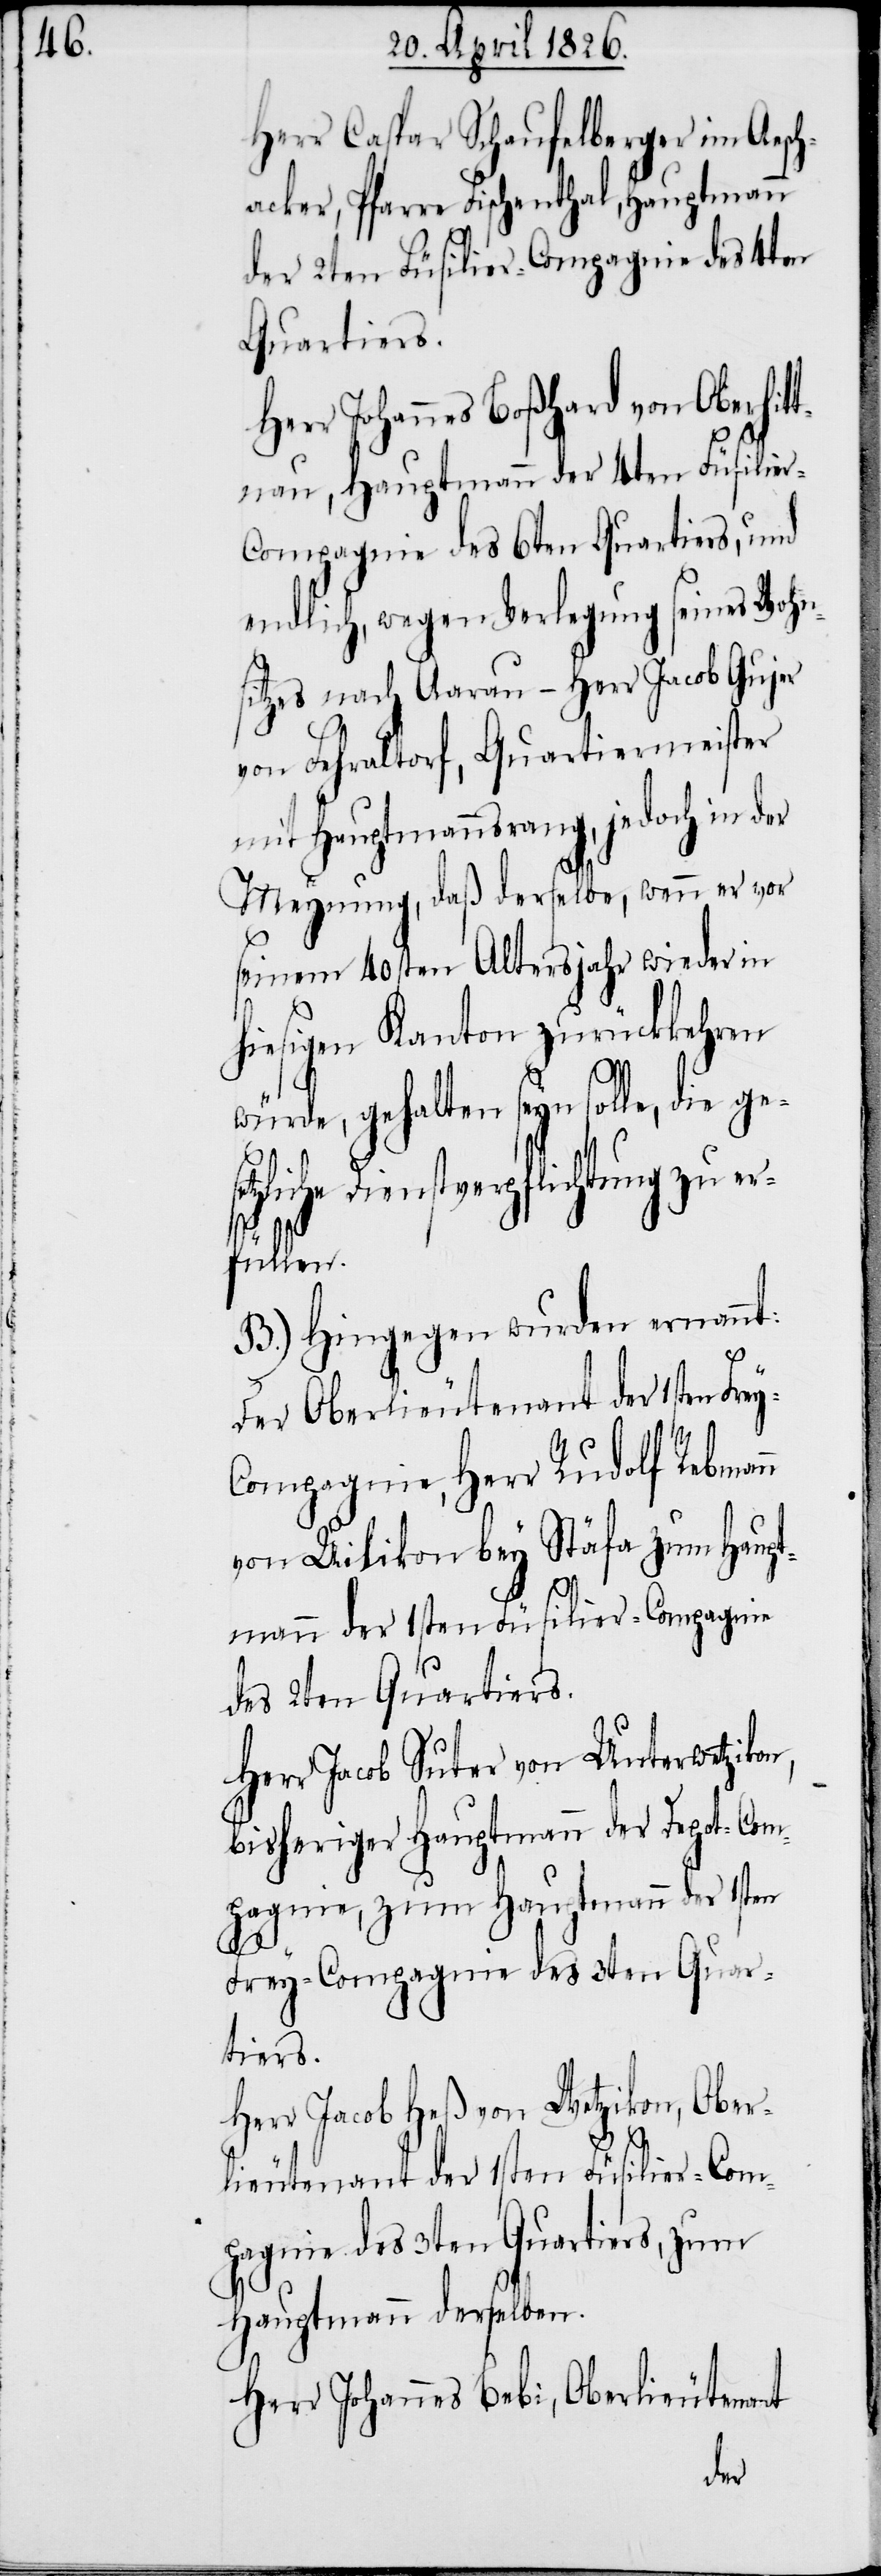
Herr Caspar Schaufelberger im Aesc¬
hacker, Pfarre Fischenthal, Hauptmann
der 2ten Füsilier-Compagnie des 4ten
Quartiers.
Herr Johannes Boßhard von Oberhit¬
tnau, Hauptmann der 4ten Füsilie¬
endlich, wegen Verlegung seines Wohn¬
sitzes nach Aarau – Herr Jacob Gujer
von Fehraltorf, Quartiermeister
mit Hauptmannsrang, jedoch in der
Meynung, daß derselbe, wenn er vor
seinem 40sten Altersjahr wieder in
hiesigen Kanton zurückkehren
würde, gehalten seyn solle, die
Dienstverpflichtung zu e¬
rfüllen.
B.) Hingegen wurden ernannt:
Der Oberlieutenant der 1sten Fre¬
y-Compagnie, Herr Rudolf Rebmann
von Uilikon bey Stäfa zum Haupt¬
mann der 1sten Füsilier-Compagnie
des 2ten Quartiers.
Herr Jacob Suter von Unterwetzikon,
bisheriger Hauptmann der Depot-Com¬
pagnie, zum Hauptmann der 1sten
Frey-Compagnie des 3ten Quar¬
tiers.
Herr Jacob Heß von Wetzikon, Ober¬
lieutenant der 1sten Füsilier-Com¬
pagnie des 3ten Quartiers, zum
Hauptmann derselben.
Herr Johannes Bebi, Oberlieutenant